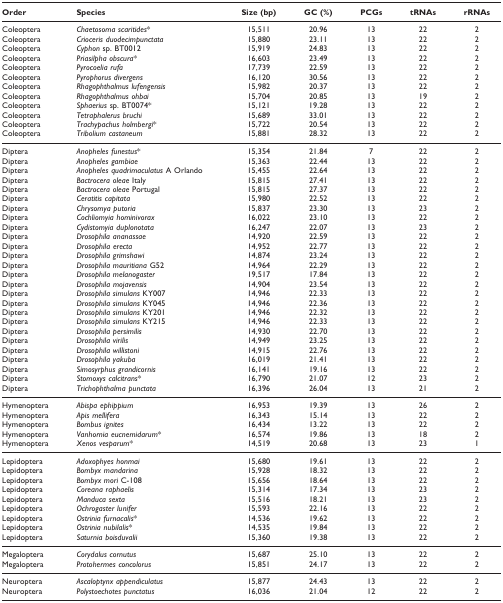
<table><thead><tr><td><b>Order</b></td><td><b>Species</b></td><td><b>Size (bp)</b></td><td><b>GC (%)</b></td><td><b>PCGs</b></td><td><b>tRNAs</b></td><td><b>rRNAs</b></td></tr></thead><tbody><tr><td>Coleoptera</td><td><i>Chaetosoma scaritides</i>*</td><td>15,511</td><td>20.96</td><td>13</td><td>22</td><td>2</td></tr><tr><td>Coleoptera</td><td><i>Crioceris duodecimpunctata</i></td><td>15,880</td><td>23.11</td><td>13</td><td>22</td><td>2</td></tr><tr><td>Coleoptera</td><td><i>Cyphon </i>sp. BT0012</td><td>15,919</td><td>24.83</td><td>13</td><td>22</td><td>2</td></tr><tr><td>Coleoptera</td><td><i>Priasilpha obscura</i>*</td><td>16,603</td><td>23.49</td><td>13</td><td>22</td><td>2</td></tr><tr><td>Coleoptera</td><td><i>Pyrocoelia rufa</i></td><td>17,739</td><td>22.59</td><td>13</td><td>22</td><td>2</td></tr><tr><td>Coleoptera</td><td><i>Pyrophorus divergens</i></td><td>16,120</td><td>30.56</td><td>13</td><td>22</td><td>2</td></tr><tr><td>Coleoptera</td><td><i>Rhagophthalmus lufengensis</i></td><td>15,982</td><td>20.37</td><td>13</td><td>22</td><td>2</td></tr><tr><td>Coleoptera</td><td><i>Rhagophthalmus ohbai</i></td><td>15,704</td><td>20.85</td><td>13</td><td>19</td><td>2</td></tr><tr><td>Coleoptera</td><td><i>Sphaerius </i>sp. BT0074*</td><td>15,121</td><td>19.28</td><td>13</td><td>22</td><td>2</td></tr><tr><td>Coleoptera</td><td><i>Tetraphalerus bruchi</i></td><td>15,689</td><td>33.01</td><td>13</td><td>22</td><td>2</td></tr><tr><td>Coleoptera</td><td><i>Trachypachus holmbergi</i>*</td><td>15,722</td><td>20.54</td><td>13</td><td>22</td><td>2</td></tr><tr><td>Coleoptera</td><td><i>Tribolium castaneum</i></td><td>15,881</td><td>28.32</td><td>13</td><td>22</td><td>2</td></tr><tr><td>Diptera</td><td><i>Anopheles funestus</i>*</td><td>15,354</td><td>21.84</td><td>7</td><td>22</td><td>2</td></tr><tr><td>Diptera</td><td><i>Anopheles gambiae</i></td><td>15,363</td><td>22.44</td><td>13</td><td>22</td><td>2</td></tr><tr><td>Diptera</td><td><i>Anopheles quadrimaculatus </i>A Orlando</td><td>15,455</td><td>22.64</td><td>13</td><td>22</td><td>2</td></tr><tr><td>Diptera</td><td><i>Bactrocera oleae </i>Italy</td><td>15,815</td><td>27.41</td><td>13</td><td>22</td><td>2</td></tr><tr><td>Diptera</td><td><i>Bactrocera oleae </i>Portugal</td><td>15,815</td><td>27.37</td><td>13</td><td>22</td><td>2</td></tr><tr><td>Diptera</td><td><i>Ceratitis capitata</i></td><td>15,980</td><td>22.52</td><td>13</td><td>22</td><td>2</td></tr><tr><td>Diptera</td><td><i>Chrysomya putoria</i></td><td>15,837</td><td>23.30</td><td>13</td><td>23</td><td>2</td></tr><tr><td>Diptera</td><td><i>Cochliomyia hominivorax</i></td><td>16,022</td><td>23.10</td><td>13</td><td>22</td><td>2</td></tr><tr><td>Diptera</td><td><i>Cydistomyia duplonotata</i></td><td>16,247</td><td>22.07</td><td>13</td><td>23</td><td>2</td></tr><tr><td>Diptera</td><td><i>Drosophila ananassae</i></td><td>14,920</td><td>22.59</td><td>13</td><td>22</td><td>2</td></tr><tr><td>Diptera</td><td><i>Drosophila erecta</i></td><td>14,952</td><td>22.77</td><td>13</td><td>22</td><td>2</td></tr><tr><td>Diptera</td><td><i>Drosophila grimshawi</i></td><td>14,874</td><td>23.24</td><td>13</td><td>22</td><td>2</td></tr><tr><td>Diptera</td><td><i>Drosophila mauritiana </i>G52</td><td>14,964</td><td>22.29</td><td>13</td><td>22</td><td>2</td></tr><tr><td>Diptera</td><td><i>Drosophila melanogaster</i></td><td>19,517</td><td>17.84</td><td>13</td><td>22</td><td>2</td></tr><tr><td>Diptera</td><td><i>Drosophila mojavensis</i></td><td>14,904</td><td>23.54</td><td>13</td><td>22</td><td>2</td></tr><tr><td>Diptera</td><td><i>Drosophila simulans </i>KY007</td><td>14,946</td><td>22.33</td><td>13</td><td>22</td><td>2</td></tr><tr><td>Diptera</td><td><i>Drosophila simulans </i>KY045</td><td>14,946</td><td>22.36</td><td>13</td><td>22</td><td>2</td></tr><tr><td>Diptera</td><td><i>Drosophila simulans </i>KY201</td><td>14,946</td><td>22.32</td><td>13</td><td>22</td><td>2</td></tr><tr><td>Diptera</td><td><i>Drosophila simulans </i>KY215</td><td>14,946</td><td>22.33</td><td>13</td><td>22</td><td>2</td></tr><tr><td>Diptera</td><td><i>Drosophila persimilis</i></td><td>14,930</td><td>22.70</td><td>13</td><td>22</td><td>2</td></tr><tr><td>Diptera</td><td><i>Drosophila virilis</i></td><td>14,949</td><td>23.25</td><td>13</td><td>22</td><td>2</td></tr><tr><td>Diptera</td><td><i>Drosophila willistoni</i></td><td>14,915</td><td>22.76</td><td>13</td><td>22</td><td>2</td></tr><tr><td>Diptera</td><td><i>Drosophila yakuba</i></td><td>16,019</td><td>21.41</td><td>13</td><td>22</td><td>2</td></tr><tr><td>Diptera</td><td><i>Simosyrphus grandicornis</i></td><td>16,141</td><td>19.16</td><td>13</td><td>22</td><td>2</td></tr><tr><td>Diptera</td><td><i>Stomoxys calcitrans</i>*</td><td>16,790</td><td>21.07</td><td>12</td><td>23</td><td>2</td></tr><tr><td>Diptera</td><td><i>Trichophthalma punctata</i></td><td>16,396</td><td>26.04</td><td>13</td><td>21</td><td>2</td></tr><tr><td>Hymenoptera</td><td><i>Abispa ephippium</i></td><td>16,953</td><td>19.39</td><td>13</td><td>26</td><td>2</td></tr><tr><td>Hymenoptera</td><td><i>Apis mellifera</i></td><td>16,343</td><td>15.14</td><td>13</td><td>22</td><td>2</td></tr><tr><td>Hymenoptera</td><td><i>Bombus ignites</i></td><td>16,434</td><td>13.22</td><td>13</td><td>22</td><td>2</td></tr><tr><td>Hymenoptera</td><td><i>Vanhornia eucnemidarum</i>*</td><td>16,574</td><td>19.86</td><td>13</td><td>18</td><td>2</td></tr><tr><td>Hymenoptera</td><td><i>Xenos vesparum</i>*</td><td>14,519</td><td>20.68</td><td>13</td><td>23</td><td>1</td></tr><tr><td>Lepidoptera</td><td><i>Adoxophyes honmai</i></td><td>15,680</td><td>19.61</td><td>13</td><td>22</td><td>2</td></tr><tr><td>Lepidoptera</td><td><i>Bombyx mandarina</i></td><td>15,928</td><td>18.32</td><td>13</td><td>22</td><td>2</td></tr><tr><td>Lepidoptera</td><td><i>Bombyx mori </i>C-108</td><td>15,656</td><td>18.64</td><td>13</td><td>22</td><td>2</td></tr><tr><td>Lepidoptera</td><td><i>Coreana raphaelis</i></td><td>15,314</td><td>17.34</td><td>13</td><td>23</td><td>2</td></tr><tr><td>Lepidoptera</td><td><i>Manduca sexta</i></td><td>15,516</td><td>18.21</td><td>13</td><td>23</td><td>2</td></tr><tr><td>Lepidoptera</td><td><i>Ochrogaster lunifer</i></td><td>15,593</td><td>22.16</td><td>13</td><td>22</td><td>2</td></tr><tr><td>Lepidoptera</td><td><i>Ostrinia furnacalis</i>*</td><td>14,536</td><td>19.62</td><td>13</td><td>22</td><td>2</td></tr><tr><td>Lepidoptera</td><td><i>Ostrinia nubilalis</i>*</td><td>14,535</td><td>19.84</td><td>13</td><td>22</td><td>2</td></tr><tr><td>Lepidoptera</td><td><i>Saturnia boisduvalii</i></td><td>15,360</td><td>19.38</td><td>13</td><td>22</td><td>2</td></tr><tr><td>Megaloptera</td><td><i>Corydalus cornutus</i></td><td>15,687</td><td>25.10</td><td>13</td><td>22</td><td>2</td></tr><tr><td>Megaloptera</td><td><i>Protohermes concolorus</i></td><td>15,851</td><td>24.17</td><td>13</td><td>22</td><td>2</td></tr><tr><td>Neuroptera</td><td><i>Ascaloptynx appendiculatus</i></td><td>15,877</td><td>24.43</td><td>13</td><td>22</td><td>2</td></tr><tr><td>Neuroptera</td><td><i>Polystoechotes punctatus</i></td><td>16,036</td><td>21.04</td><td>12</td><td>22</td><td>2</td></tr></tbody></table>